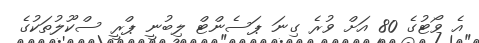
އެ ވޯޓުގެ 80 އަށް ވުރެ ގިނަ ޕަސެންޓް ލިބުނީ ޕްރީ ސްކޫލުތަކުގެ